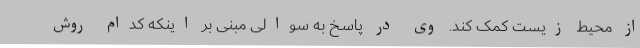
از محیط زیست کمک کند. وی در پاسخ به سوالی مبنی بر اینکه کدام روش